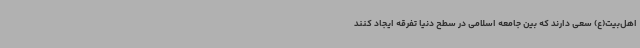
اهل‌بیت(ع) سعی دارند که بین جامعه اسلامی در سطح دنیا تفرقه ایجاد کنند